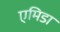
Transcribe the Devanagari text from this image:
एमिडा